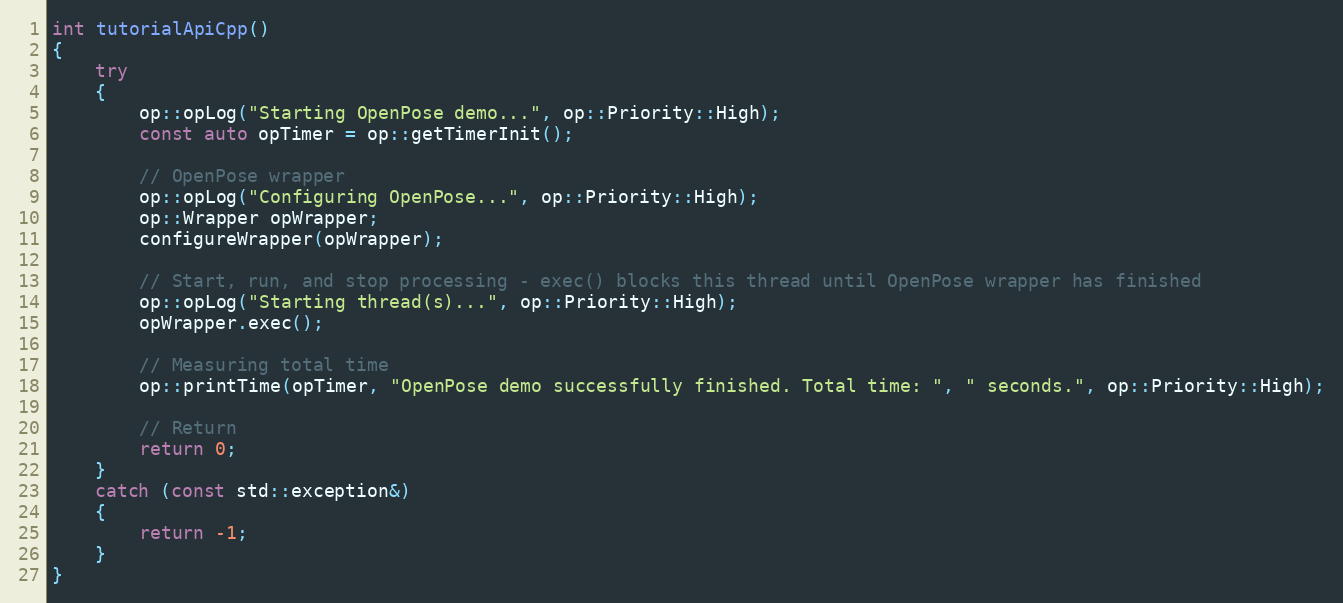
Language: C++
int tutorialApiCpp()
{
    try
    {
        op::opLog("Starting OpenPose demo...", op::Priority::High);
        const auto opTimer = op::getTimerInit();

        // OpenPose wrapper
        op::opLog("Configuring OpenPose...", op::Priority::High);
        op::Wrapper opWrapper;
        configureWrapper(opWrapper);

        // Start, run, and stop processing - exec() blocks this thread until OpenPose wrapper has finished
        op::opLog("Starting thread(s)...", op::Priority::High);
        opWrapper.exec();

        // Measuring total time
        op::printTime(opTimer, "OpenPose demo successfully finished. Total time: ", " seconds.", op::Priority::High);

        // Return
        return 0;
    }
    catch (const std::exception&)
    {
        return -1;
    }
}